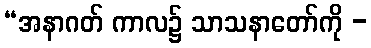
“အနာဂတ် ကာလ၌ သာသနာတော်ကို -